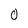
Character: 0